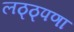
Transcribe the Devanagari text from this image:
लठ्ठ्पणा